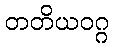
တတိယဝဂ္ဂ